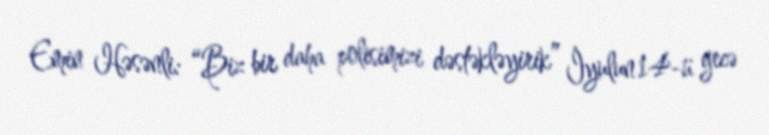
Emin Həsənli: “Biz bir daha polisimizi dəstəkləyirik” İyulun 14-ü gecə